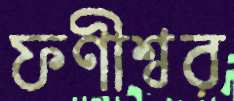
ফণীশ্বর